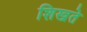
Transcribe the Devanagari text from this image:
शिखते